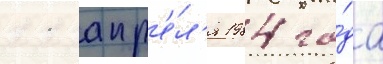
11 апр'е́л'я 1984 го́да